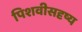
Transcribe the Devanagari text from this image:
पिशवीसदृष्य